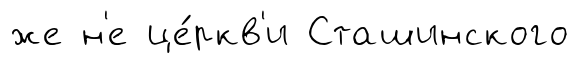
же н'е це́ркв'и Сташинского